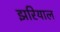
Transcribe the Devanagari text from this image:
झरियाल